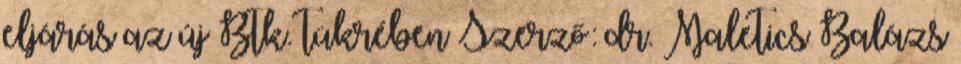
eljárás az új Btk. tükrében Szerző: dr. Maletics Balázs